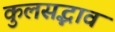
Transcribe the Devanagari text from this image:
कुलसद्भाव